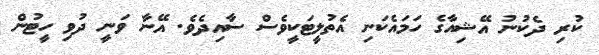
ކުރި ދެކުނު އޭޝިއާގެ ހަމައެކަނި އެތުލީޓަކީވެސް ސާއިދެވެ. އޭނާ ވަނީ ދުވި ހީޓުން